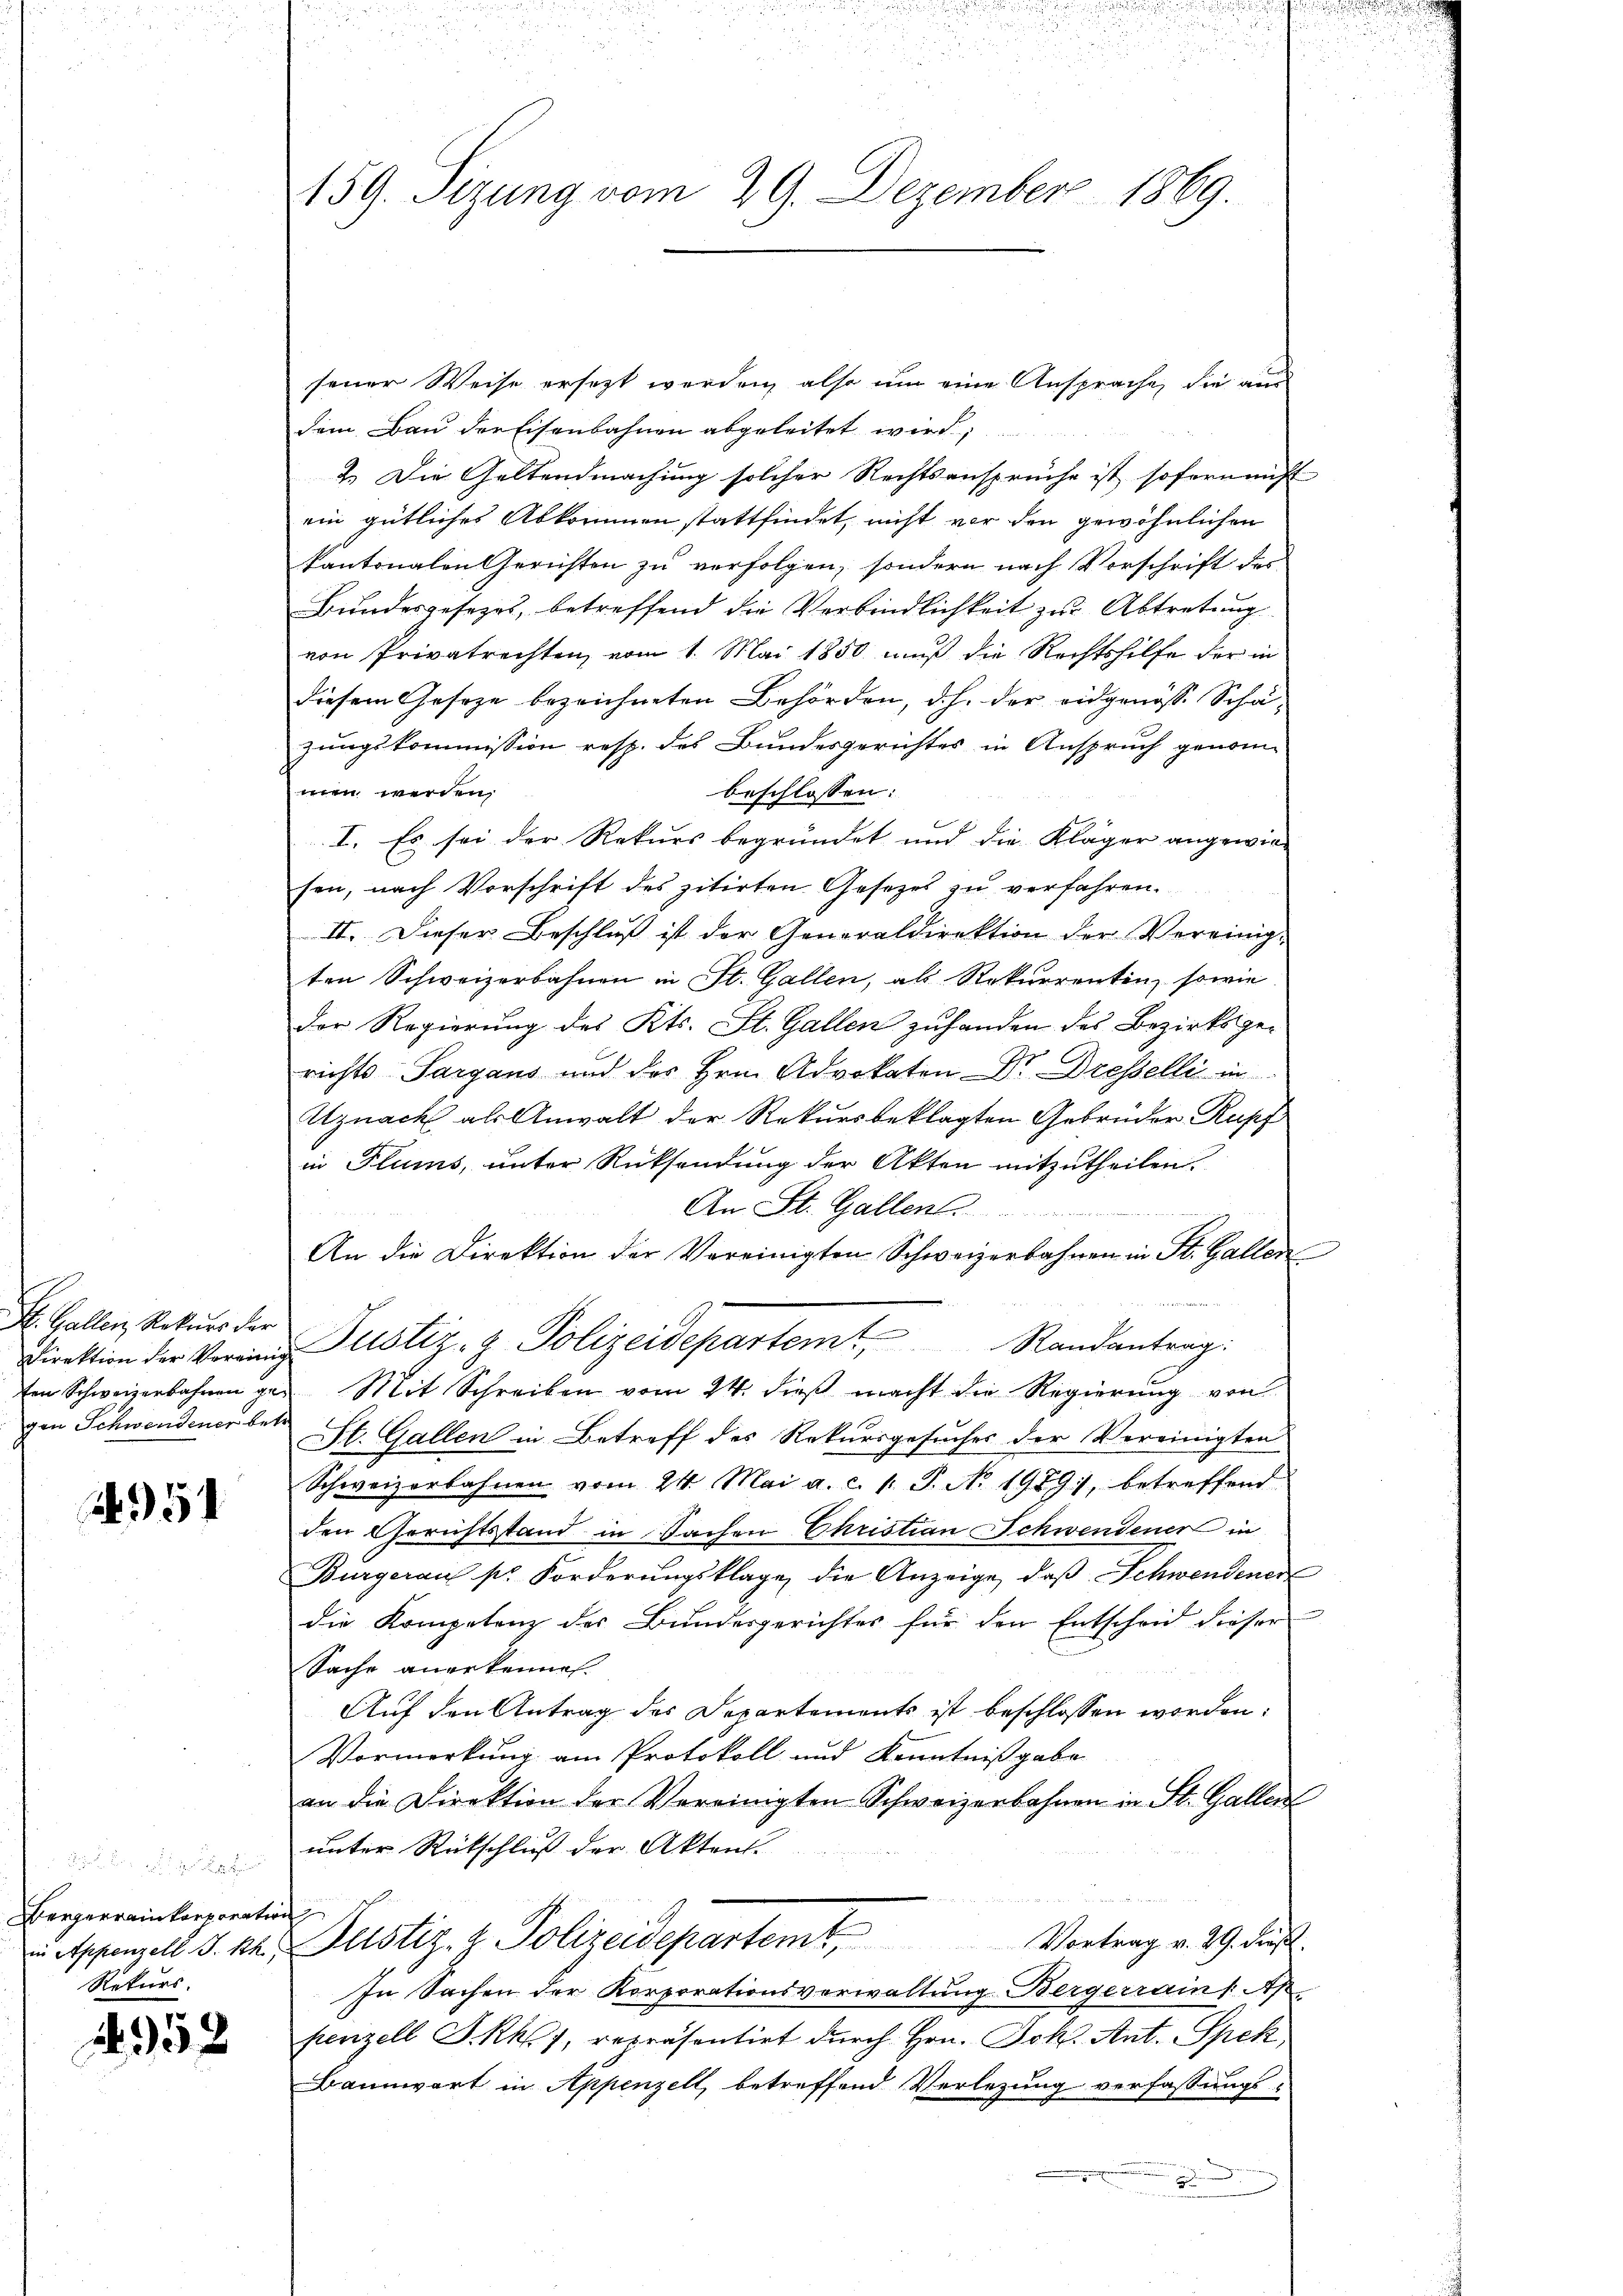
St. Gallen, Rekurs der
ten Schweizerbahnen gegen Schwendener betr.

951

sener Weise ersezt werden, also um eine Ansprache, die aus
dem Bau der Eisenbahnen abgeleitet wird,
2. Die Geltendmachung solcher Rechtsansprüche ist sofern nicht
ein gütliches Abkommen stattfindet, nicht vor den gewöhnlichen
kantonalen Gerichten zu verfolgen, sondern nach Vorschrift des
Bundesgesezet, betreffend die Verbindlichkeit zur Abtretung
von Privatrechten, vom 1. Mai 1850 muß die Rechtshilfe der in
diesem Gesetze bezeichneten Behörden, d.h. der eidgenösse Schä-
zungskommission resp. des Bundesgerichtes in Anspruch genommen werden,
beschlossen:
I. Es sei der Rekurs begründet und die Kläger angewiesen, nach Vorschrift des zitirten Gesezes zu verfahren.
II. Dieser Beschluß ist der Generaldirektion der Vereinig-
ten Schweizerbahnen in St. Gallen, als Rekurrenten, sowie
Der Regierung des Kts. St. Gallen zuhanden des Bezirksgerichts Sargaus und des Hrn. Advokaten Dr. Dresselli in
Uznach als Anwalt der Rekursbeklagten Gebrüder Rupf
in Flums, unter Rücksendung der Akten mitzutheilen.
An St. Gallen
An die Direktion der Vereinigten Schweizerbahnen in St. Gallen

Direktion der Verring Justiz- & Polizeidepartemt, Randantrag:
Mit Schreiben vom 24. dieß macht die Regierung von
St. Gallen in Betreff des Rekursgesuches der Vereinigten
Schweizerbahnen vom 24. Mai a. c. l. J. No 1989, betreffend
den Gerichtstand in Sachen Christian Schwendener in
Burgeraus pr. Forderŭngsklage, die Anzeige, daβ Schwendener
die Kompetenz des Bundesgerichtes für den Entscheid dieser
Sache anerkennen.
Auf den Antrag des Departements ist beschlossen worden:
Vormerkung am Protokoll und Kenntnißgabe
an die Direktion der Vereinigten Schweizerbahnen in St. Gallen
unter Rückschluß der Aktent-
Vortrag v. 29. dieß.
n appenzell. S. 14. Justiz- & Polizeidepartemt,
In Sachen der Korporationsverwaltung Bergerrains Ap
penzell I.Rh. 1, repräsentirt durch Hrn. Joh. Ant. Spek
Bannwart in Appenzell, betreffend Verlegung verfassungs-

Bergerrainkorporation
Rekurs.

352

159. Sizung vom 29. Dezember 1869.